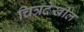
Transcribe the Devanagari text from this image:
चित्रदेखील